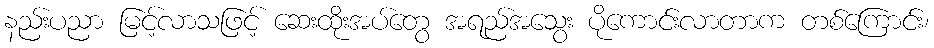
နည်းပညာ မြင့်လာသဖြင့် ဆေးထိုးအပ်တွေ အရည်အသွေး ပိုကောင်းလာတာက တစ်ကြောင်း၊